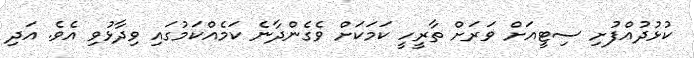
ކުޅުދުއްފުށި ސިޓީއަށް ވަރަށް ތާރީހީ ކަމަކަށް ވެގެންދާނެ ކަމެއްކަމުގައި ވިދާޅުވި އެވެ. އަދި